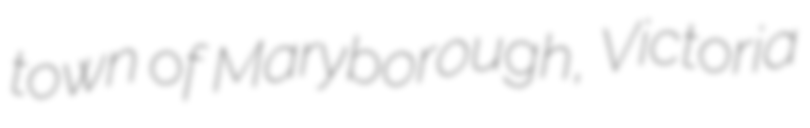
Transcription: town of Maryborough, Victoria